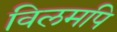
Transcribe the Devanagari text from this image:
विलमपि